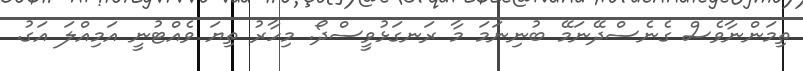
ތިމަންނާވެސް ގެނެސްދޭނަމޭ ބުނިނަމަ މާ ރަނގަޅުވީސްދޯ. މިހާރު ތިޔަ ވެއްޓުނީ އަމިއްލަ އަގު.